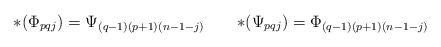
LaTeX: \begin{align*}{*}(\Phi_{pqj}) = \Psi_{(q-1)(p+1)(n-1-j)}\qquad{*}(\Psi_{pqj}) = \Phi_{(q-1)(p+1)(n-1-j)}\end{align*}